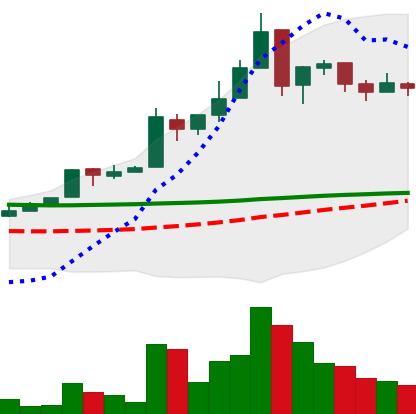
Ticker: EOS-USD
Chart end date: 2018-05-06
Forward return: -14.712%
Label: down_7plus